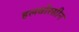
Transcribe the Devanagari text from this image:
हलवोरसीन